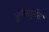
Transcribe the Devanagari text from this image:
जुरिसप्रूडेंस